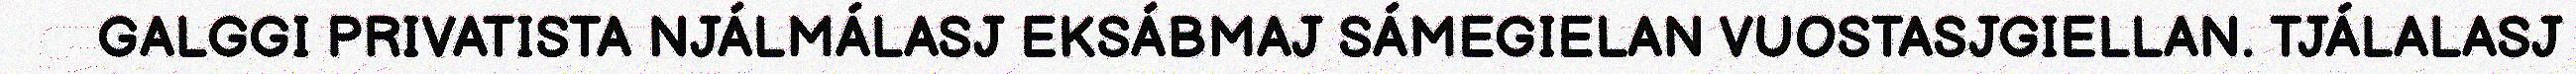
GALGGI PRIVATISTA NJÁLMÁLASJ EKSÁBMAJ SÁMEGIELAN VUOSTASJGIELLAN. TJÁLALASJ